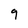
Character: 9